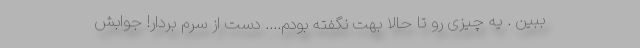
ببین . یه چیزی رو تا حالا بهت نگفته بودم.... دست از سرم بردار! جوابش